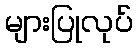
များပြုလုပ်